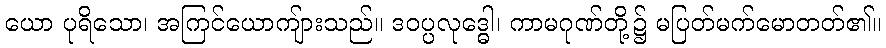
ယော ပုရိသော၊ အကြင်ယောကျ်ားသည်။ ဒဝပ္ပလုဒ္ဓေါ၊ ကာမဂုဏ်တို့၌ မပြတ်မက်မောတတ်၏။